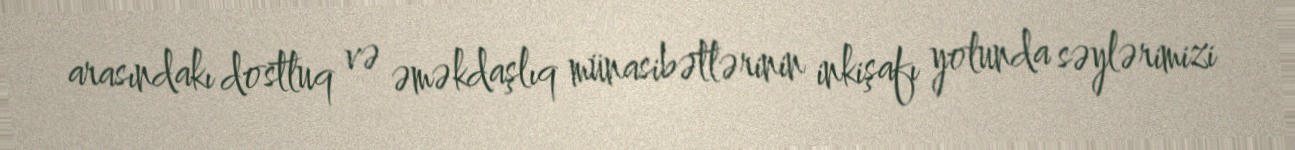
arasındakı dostluq və əməkdaşlıq münasibətlərinin inkişafı yolunda səylərimizi